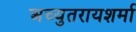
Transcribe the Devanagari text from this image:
अच्युतरायशर्मा